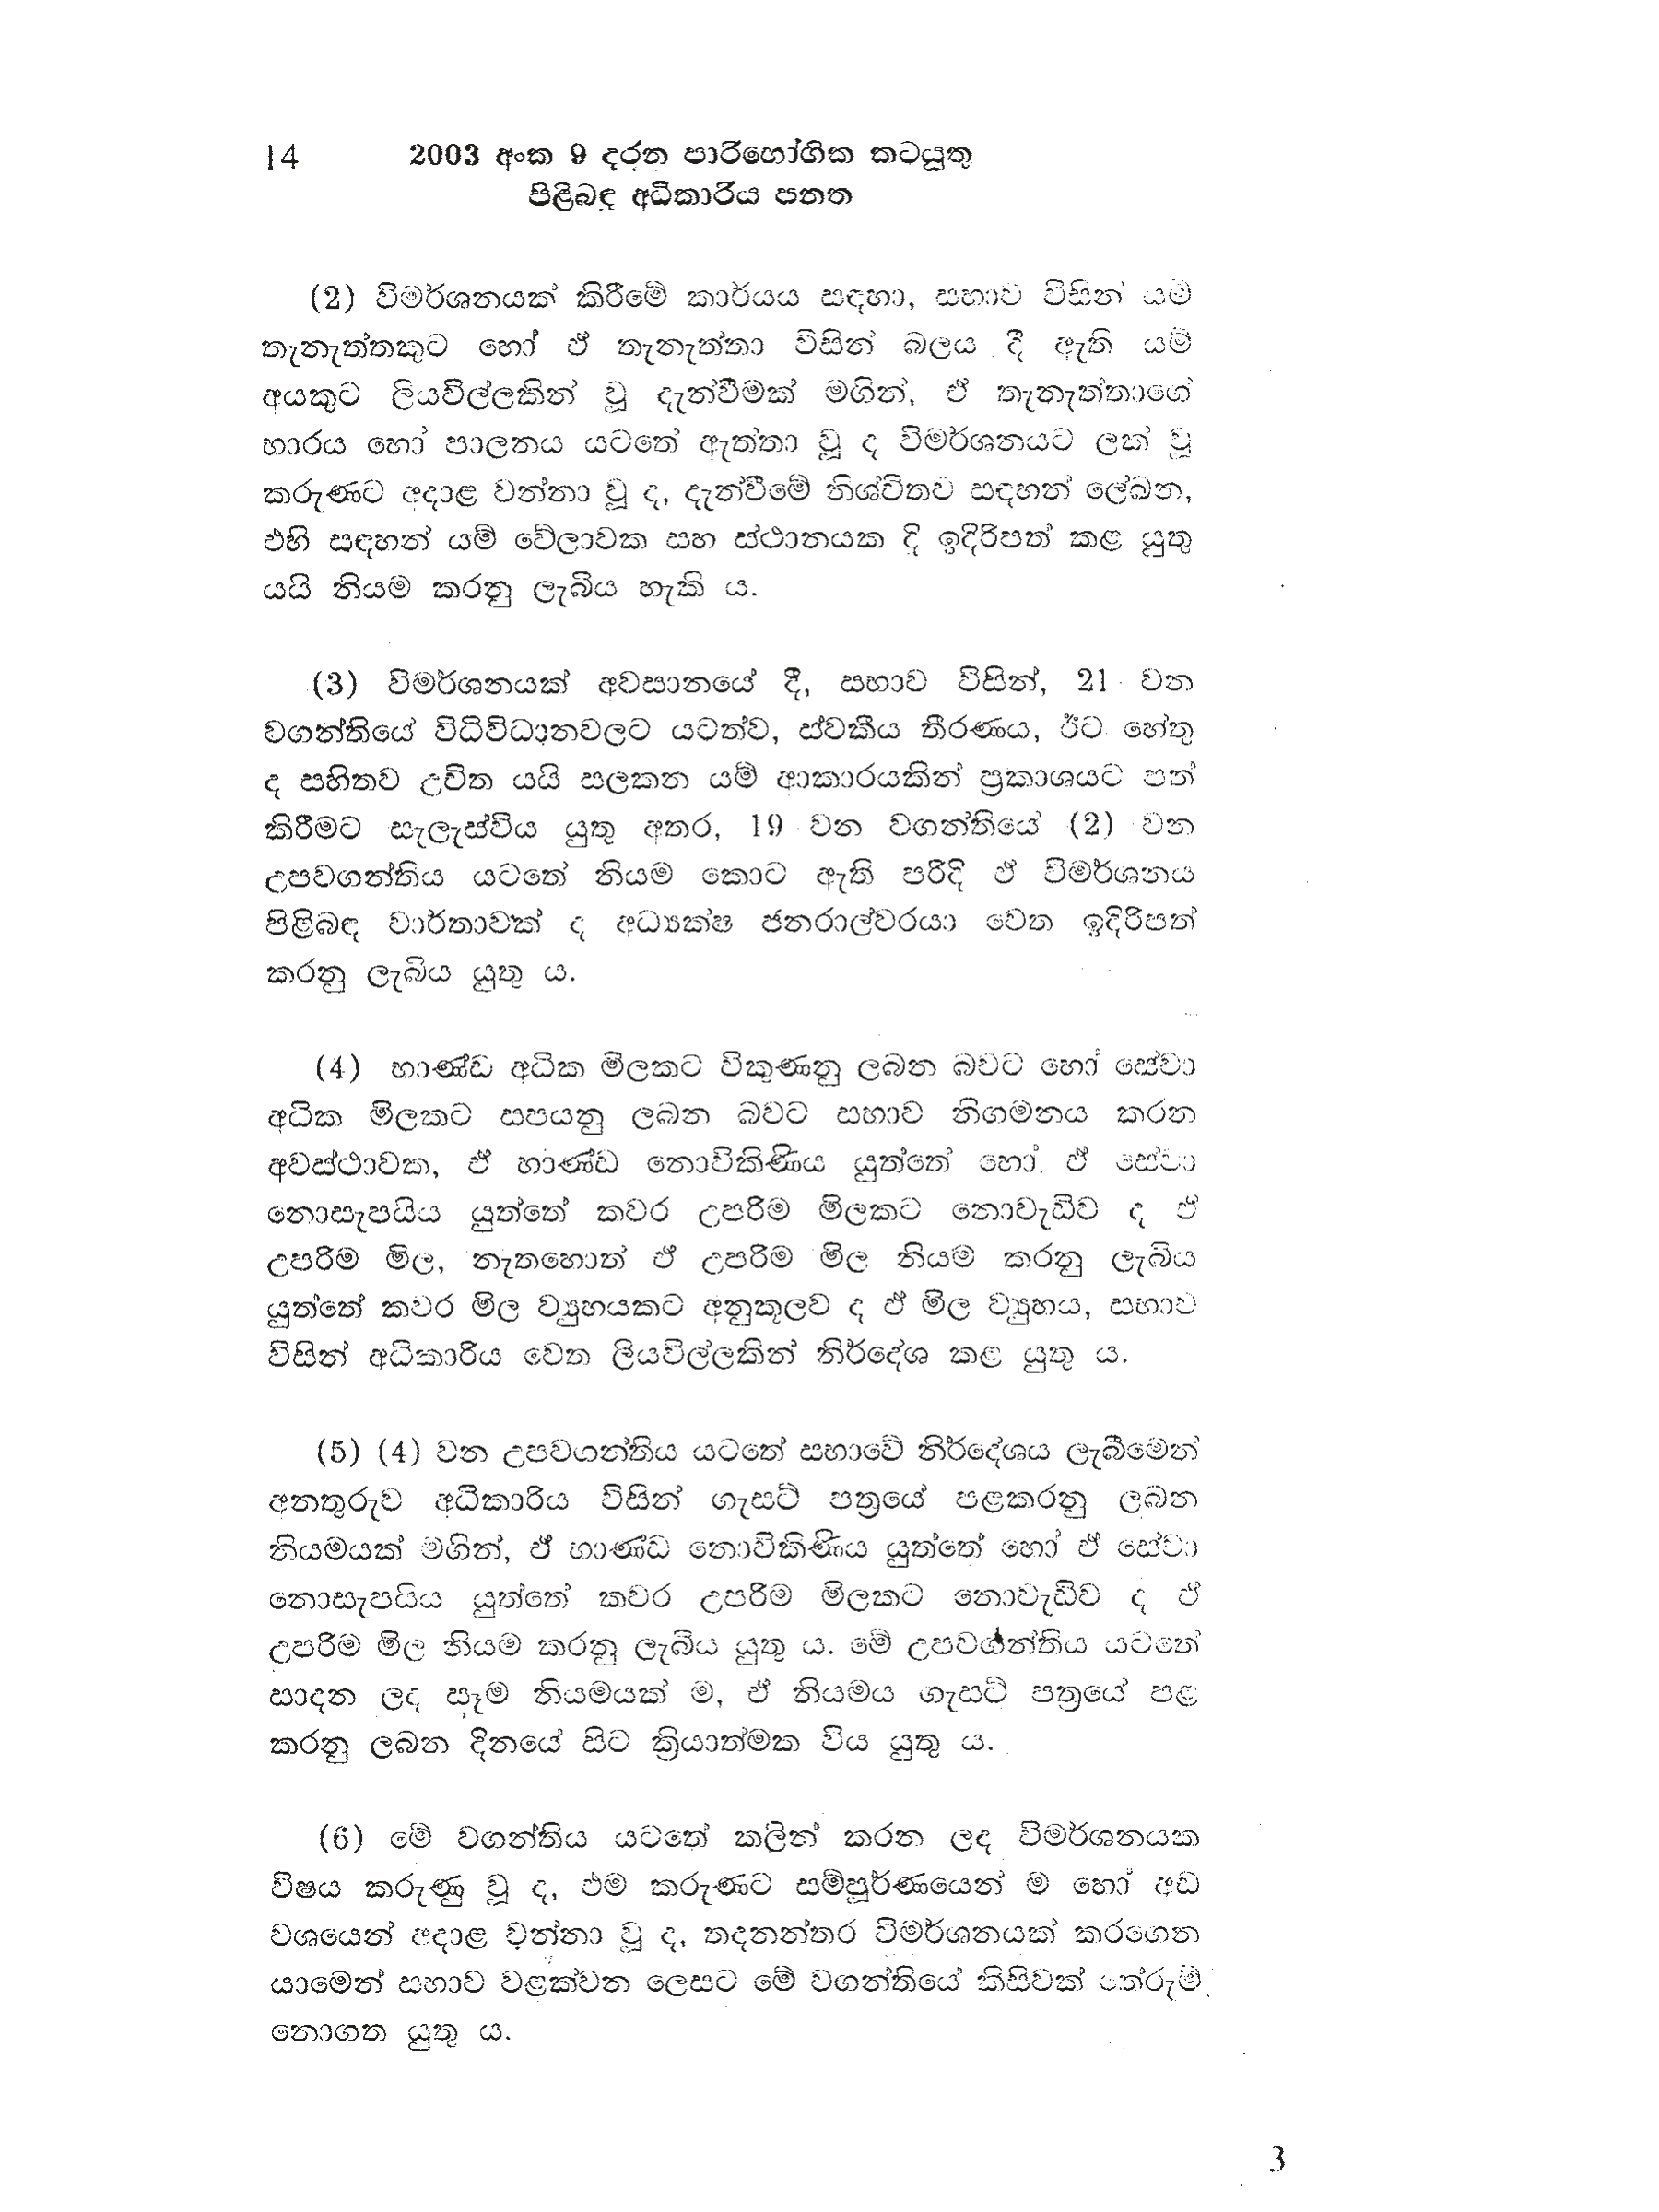
14 2003 අංක 9 දරන පාරිභෝගික කටයුතු
පිළිබඳ අධිකාරිය පනත

(2) විමර්ශනයක් කිරීමේ කාර්යය සඳහා, සභාව විසින් යම්
තැනැත්තකුට හෝ ඒ තැනැත්තා විසින් බලය දී ඇති යම්
අයකුට ලියවිල්ලකින් වූ දැන්වීමක් මගින්, ඒ තැනැත්තාගේ
භාරය හෝ පාලනය යටතේ ඇත්තා වූ ද විමර්ශනයට ලක් වූ
කරුණට අදාළ වන්නා වූ ද, දැන්වීමේ නිශ්චිතව සඳහන් ලේඛන,
ඵහි සඳහන් යම් වේලාවක සහ ස්ථානයක දි ඉදිරිපත් කළ යුතු
යයි නියම කරනු ලැබිය හැකි ය.

(3) විමර්ශනයක් අවසානයේ දී සභාව විසින්, 21 වන
වගන්තියේ විධිවිධානවලට යටත්ව, ස්වකීය තීරණය, ඊට හේතු
ද සහිතව උචිත යයි සලකන යම් ආකාරයකින් ප්‍රකාශයට පත්
කිරීමට සැලැස්විය යුතු අතර, 19 වන වගන්තියේ (2) වන
උපවගන්තිය යටතේ නියම කොට ඇති පරිදි ඒ විමර්ශනය
පිළිබඳ වාර්තාවක් ද අධ්‍යක්ෂ ජනරාල්වරයා වෙත ඉදිරිපත්
කරනු ලැබිය යුතු ය.

(4) භාණ්ඩ අධික මිලකට විකුණනු ලබන බවට හෝ සේවා
අධික මිලකට සපයනු ලබන බවට සභාව නිගමනය කරන
අවස්ථාවක, ඒ භාණ්ඩ නොවිකිණිය යුත්තේ හෝ ඵ් සේවා
නොසැපයිය යුත්තේ කවර උපරිම මිලකට නොවැඩිව ද ඒ
උපරිම මිල, නැතහොත් ඒ උපරිම මිල නියම් කරනු ලැබිය
යුත්තේ කවර මිල ව්‍යුහයකට අනුකූලව ද ඒ මිල ව්‍යුහය, සභාව
විසින් අධිකාරිය වෙත ලියවිල්ලකින් නිර්දේශ කළ යුතු ය.

(5) (4) වන උපවගන්තිය යටතේ සභාවේ නිර්දේශය ලැබීමෙන්
අනතුරුව අධිකාරිය විසින් ගැසට් පත්‍රයේ පළකරනු ලබන
නියමයක් මගින්, ඒ භාණ්ඩ නොවිකිණිය යුත්තේ හෝ ඒ සේවා
නොසැපයිය යුත්තේ කවර උපරිම මිලකට නොවැඩිව ද ඒ
උපරිම මිල නියම කරනු ලැබිය යුතු ය. මේ උපවගන්තිය යටතේ
සාදන ලද සෑම නියමයක් ම, ඒ නියමය ගැසට් පත්‍රයේ පළ
කරනු ලබන දිනයේ සිට ක්‍රියාත්මක විය යුතු ය.

(6) මේ වගන්තිය යටතේ කලින් කරන ලද විමර්ශනයක
විෂය කරුණු වූ ද, එම කරුණට සම්පූර්ණයෙන් ම හෝ අඩ
වශයෙන් අදාළ වන්නා වූ ද, තදනන්තර විමර්ශනයක් කරගෙන
යාමෙන් සභාව වළක්වන ලෙසට මේ වගන්තියේ කිසිවක් තේරුම්
නොගත යුතු ය.

3